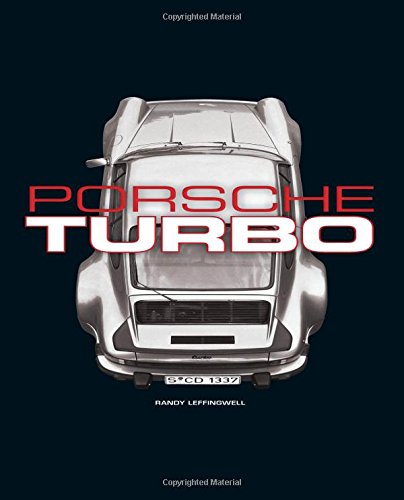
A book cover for Porsche Turbo: The Inside Story of Stuttgart's Turbocharged Road and Race Cars; Randy Leffingwell; Engineering & Transportation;